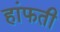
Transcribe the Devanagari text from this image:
हांफती